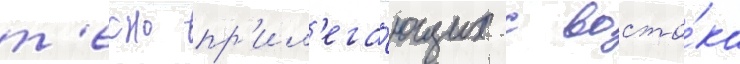
т'есно пр'ил'ега́ющих с восто́ка